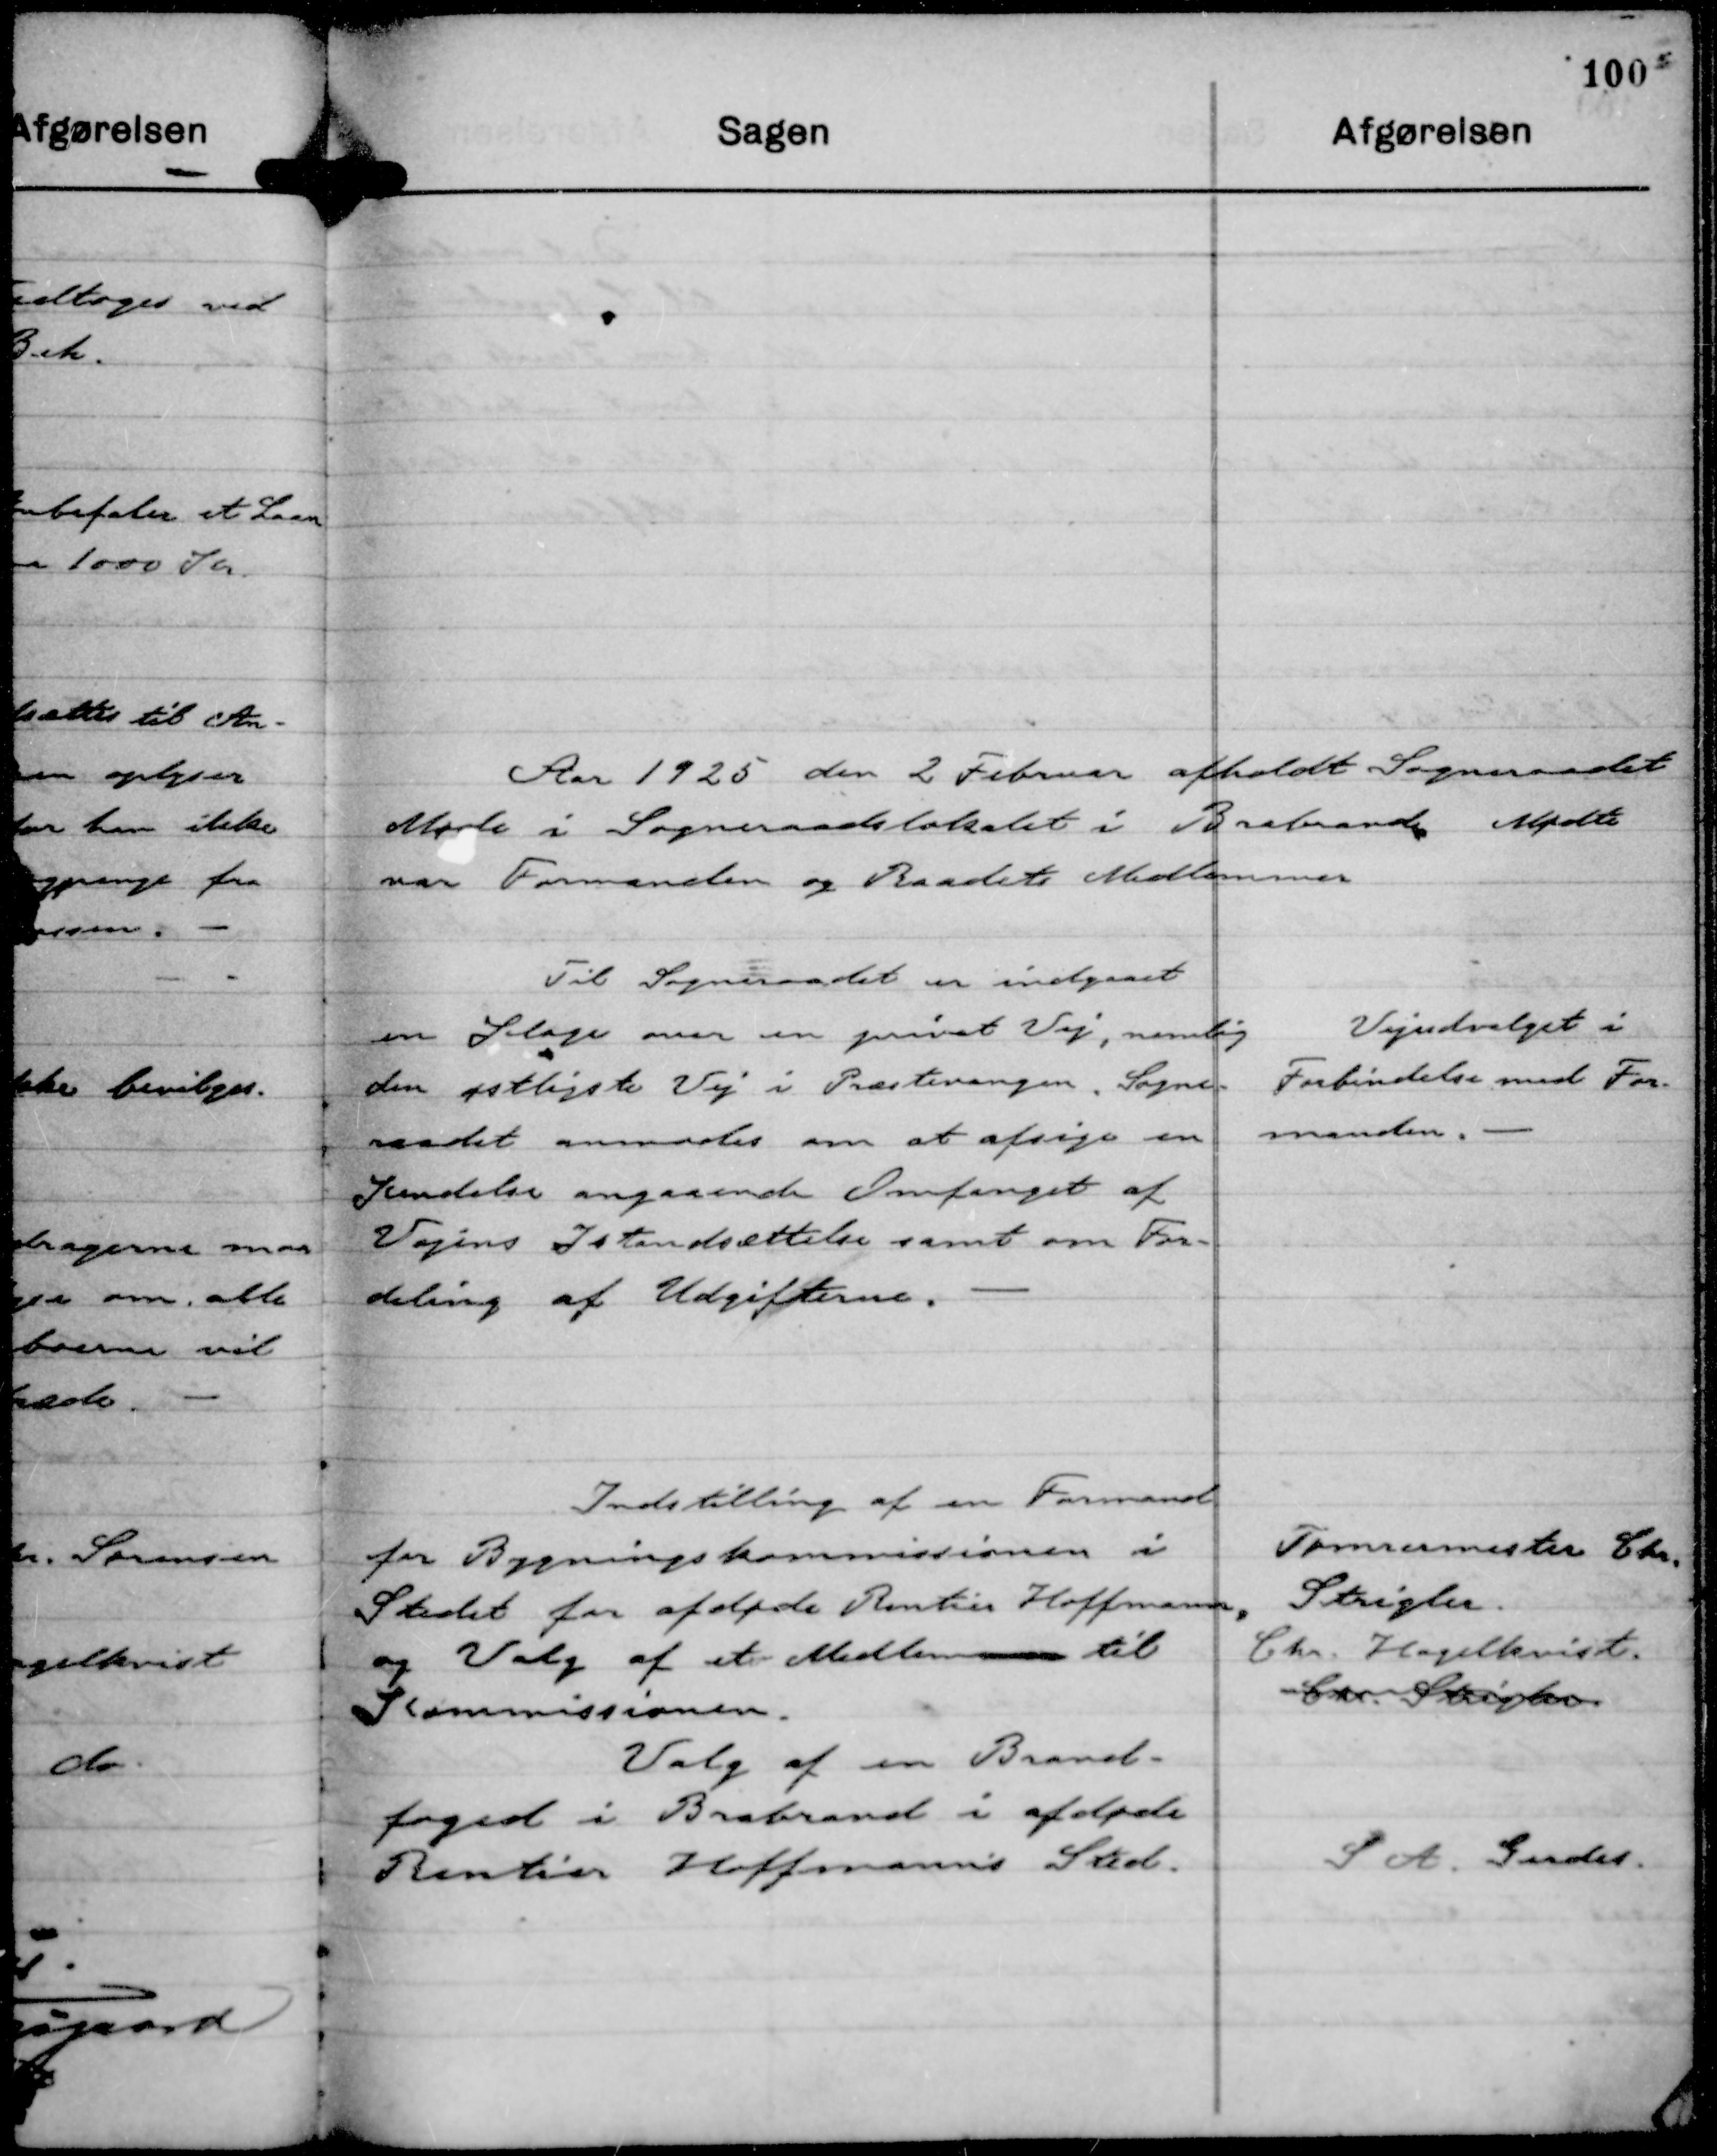
Transskription:
Aar 1925 den 2 Februar afholdt Sogneraadet
Møde i Sogneraadslokalet i Brabrand. Mødte
var Formanden og Raadets Medlemmer

Til Sogneraadet er indgaaet
en Klage over en privat Vej, nemlig
den østligste Vej i Præstevangen. Sogne-
raadet anmodes om at afsige en
Kendelse angaaende Omfanget af
Vejens Istandsættelse samt om For-
deling af Udgifterne.

Vejudvalget i
Forbindelse med For-
manden.

Indstilling af en Formand
for Bygningskommissionen i
Stedet for afdøde Rentier Hoffmann,
og Valg af et Medlemm til
Kommissionen.

Tømrermester Chr.
Strigler.
Chr. Hagelkvist.
Chr. Strigler

Valg af en Brand-
foged i Brabrand i afdøde
Rentier Hoffmann's Sted.

S A. Gerdes.